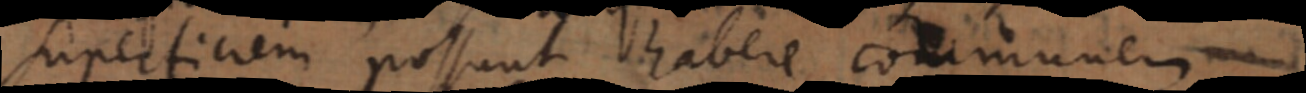
superficiem possunt habere communem.